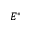
E ^ { * }